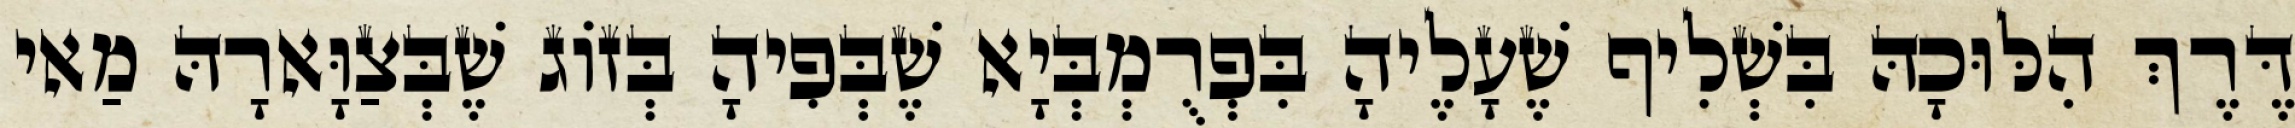
דֶּרֶךְ הִלּוּכָהּ בִּשְׁלִיף שֶׁעָלֶיהָ בִּפְרֻמְבְּיָא שֶׁבְּפִיהָ בְּזוֹג שֶׁבְּצַוָּארָהּ מַאי